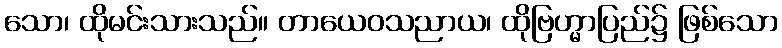
သော၊ ထိုမင်းသားသည်။ တာယေဝသညာယ၊ ထိုဗြဟ္မာပြည်၌ ဖြစ်သော